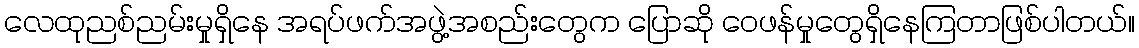
လေထုညစ်ညမ်းမှုရှိနေ အရပ်ဖက်အဖွဲ့အစည်းတွေက ပြောဆို ဝေဖန်မှုတွေရှိနေကြတာဖြစ်ပါတယ်။